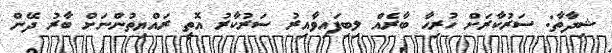
ޝިދާތާ: ސަރުކާރަށް ހުރިހާ ބާރެއް ލިބިފައިވާއިރު ސަރުކާރު އޮތީ ރައްޔިތުންނަށް ބާރު ދޭން